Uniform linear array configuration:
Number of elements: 64
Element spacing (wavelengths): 0.25
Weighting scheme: binomial
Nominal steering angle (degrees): -60
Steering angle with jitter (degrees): -61.66
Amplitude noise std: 0.05
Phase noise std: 0.05

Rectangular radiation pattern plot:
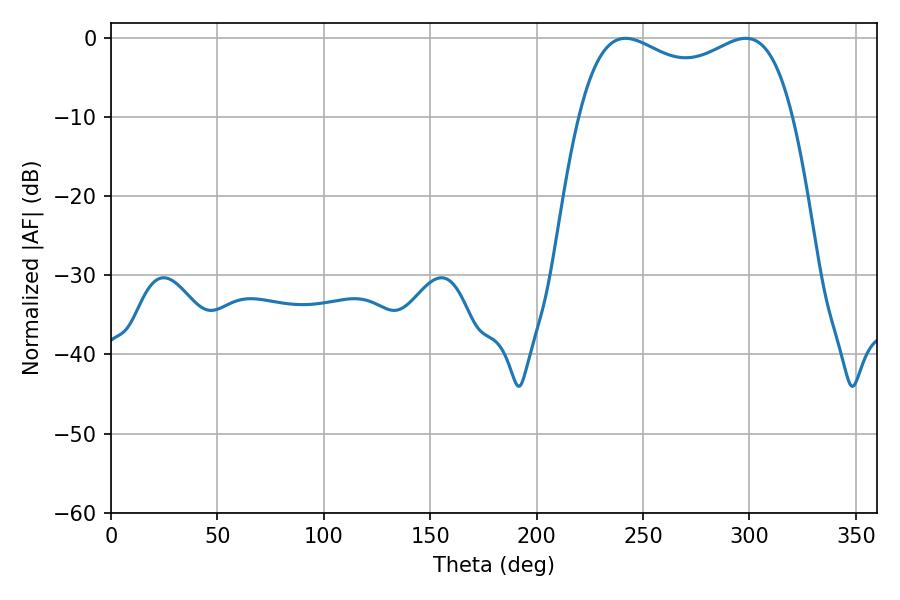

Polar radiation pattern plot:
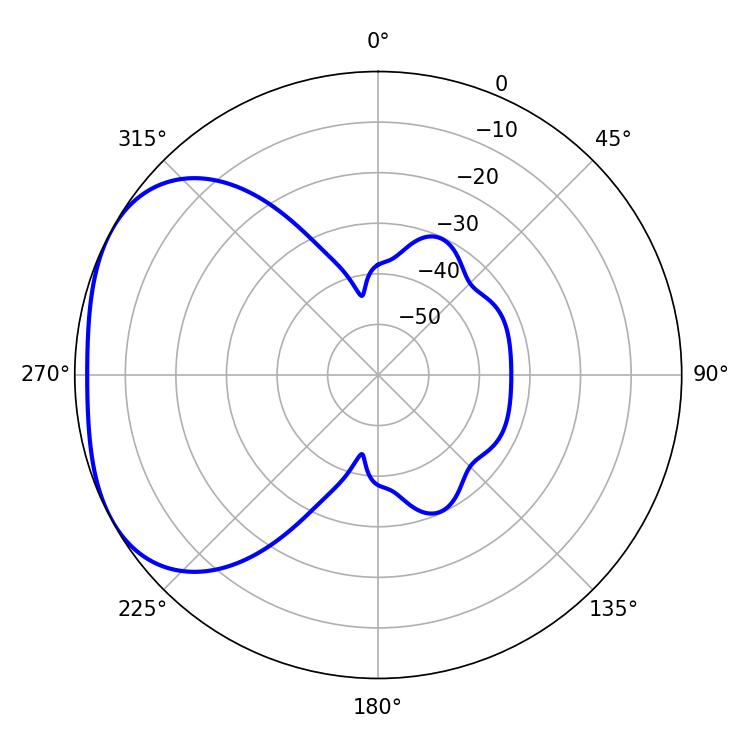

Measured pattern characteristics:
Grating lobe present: FALSE
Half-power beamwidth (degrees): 82.8
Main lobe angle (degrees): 241.74